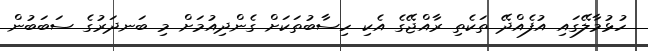
ހުޅުމާލޭގައި އުފެއްދޭ ތަކެތި ރާއްޖޭގެ އެކި ހިސާބުތަކަށް ގެންދިއުމަށް މި ބަނދަރުގެ ސަބަބުން